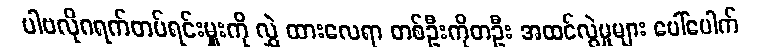
ပါဗလိုဂရက်တပ်ရင်းမှူးကို လွှဲ ထားလေရာ တစ်ဦးကိုတဦး အထင်လွဲမှုများ ပေါ်ပေါက်